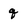
Character: q